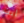
انت